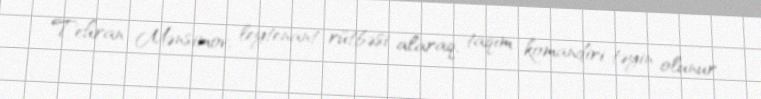
Tehran Mənsimov, leytenant rütbəsi alaraq, taqım komandiri təyin olunur.